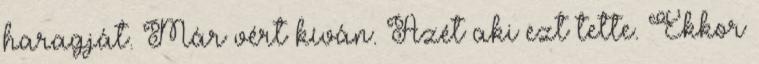
haragját. Már vért kíván. Azét aki ezt tette. Ekkor